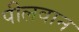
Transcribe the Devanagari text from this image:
पीलवान